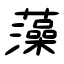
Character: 藻